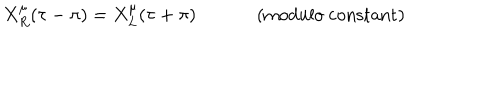
X _ { R } ^ { \mu } ( \tau - \pi ) = X _ { L } ^ { \mu } ( \tau + \pi ) \mathrm { ~ ( m o d u l o ~ c o n s t a n t ) }